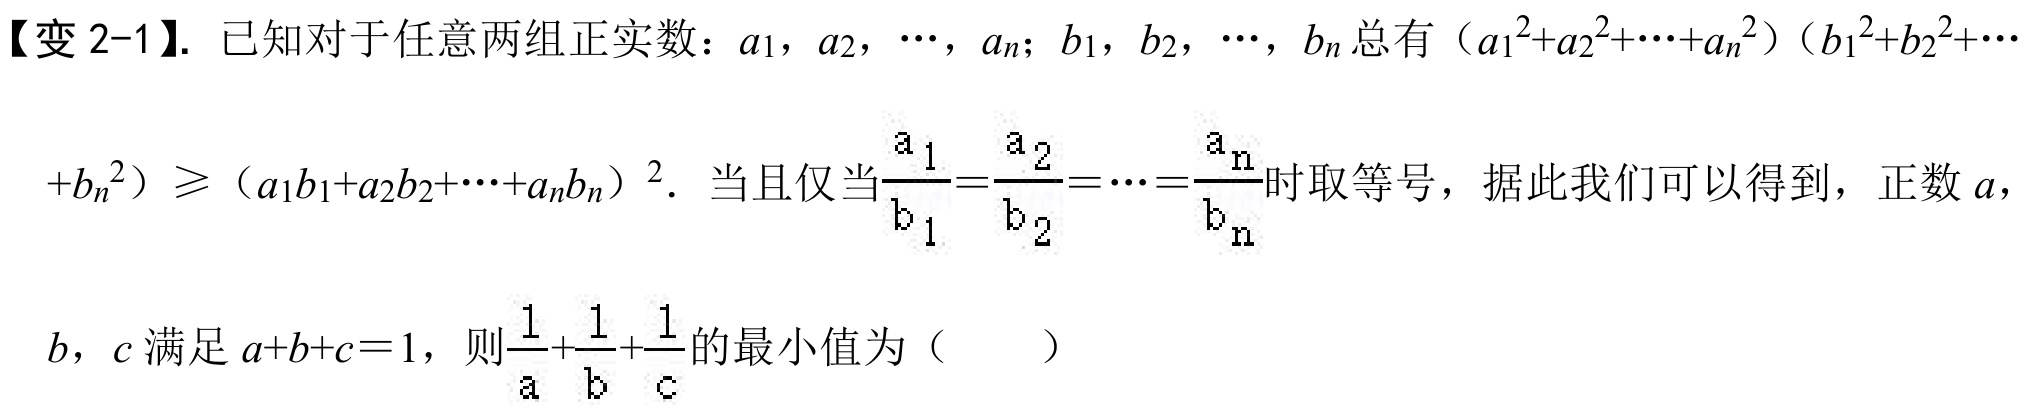
【变 2-1】. 已知对于任意两组正实数：$a_1$，$a_2$，$\cdots$，$a_n$；$b_1$，$b_2$，$\cdots$，$b_n$总有$(a_1^2 + a_2^2+\cdots+a_n^2)(b_1^2 + b_2^2+\cdots +b_n^2)\geqslant (a_1b_1 + a_2b_2+\cdots+a_nb_n)^2$．当且仅当$\frac{a_1}{b_1}=\frac{a_2}{b_2}=\cdots=\frac{a_n}{b_n}$时取等号，据此我们可以得到，正数$a$，$b$，$c$满足$a + b + c = 1$，则$\frac{1}{a}+\frac{1}{b}+\frac{1}{c}$的最小值为（  ）